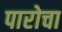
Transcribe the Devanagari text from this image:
पारोचा